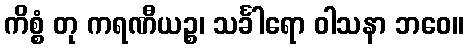
ကိစ္စံ တု ကရဏီယဉ္စ၊ သင်္ခါရော ဝါသနာ ဘဝေ။